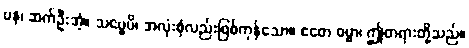
ပန၊ ဆက်ဦးအံ့။ သဗ္ဗေပိ၊ အလုံးစုံလည်းဖြစ်ကုန်သော။ ဧတေ ဓမ္မာ၊ ဤတရားတို့သည်။